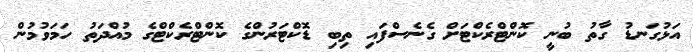
އަޅުގަނޑު ގާތު ބުނީ ކޮންޓްރެކްޓަށް ގެނެސްފައި ތިބި ޑޮކްޓަރުންގެ ކޮންޓްރެކްޓްގެ މުއްދަތު ހަމަވުމުން